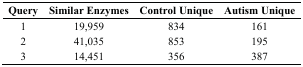
| Query | Similar Enzymes | Control Unique | Autism Unique |
 | --- | --- | --- | --- |
 | 1 | 19,959 | 834 | 161 |
 | 2 | 41,035 | 853 | 195 |
 | 3 | 14,451 | 356 | 387 |